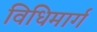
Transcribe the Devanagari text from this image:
विधिमार्ग